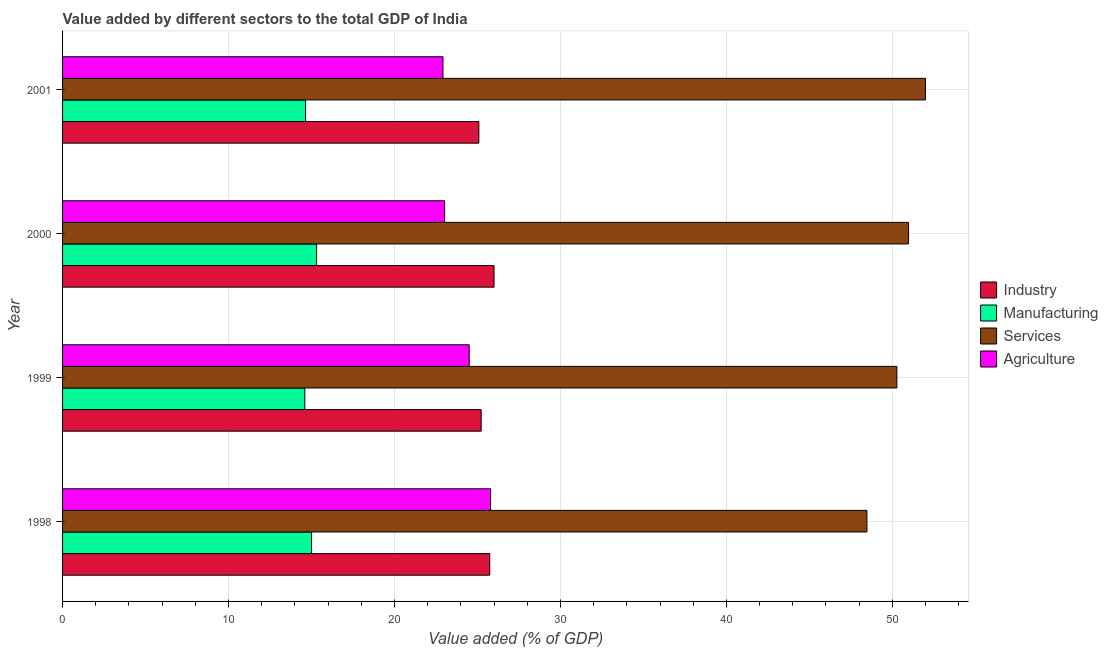
| Year | Industry | Manufacturing | Services | Agriculture |
 | --- | --- | --- | --- | --- |
 | 1998 | 25.7 | 15 | 48.5 | 25.8 |
 | 1999 | 25.2 | 14.6 | 50.3 | 24.5 |
 | 2000 | 26 | 15.3 | 51 | 23 |
 | 2001 | 25.1 | 14.6 | 52 | 22.9 |